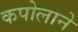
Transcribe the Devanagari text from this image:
कपोलाने